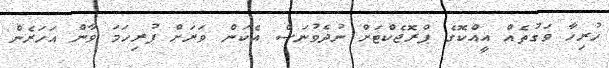
ހުރިހާ ވަގުތެއް އީއްކޮގެ ޕްރޮޖެކްޓަށް ނުދެވުނަސް އެކަން ވަރަށް ފުރިހަމަ ވާން އަހަރެން